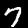
Label: 7